Lunatic asylums in Bengal annual reports 1912-1924 - 1912-1924
Year: 1912
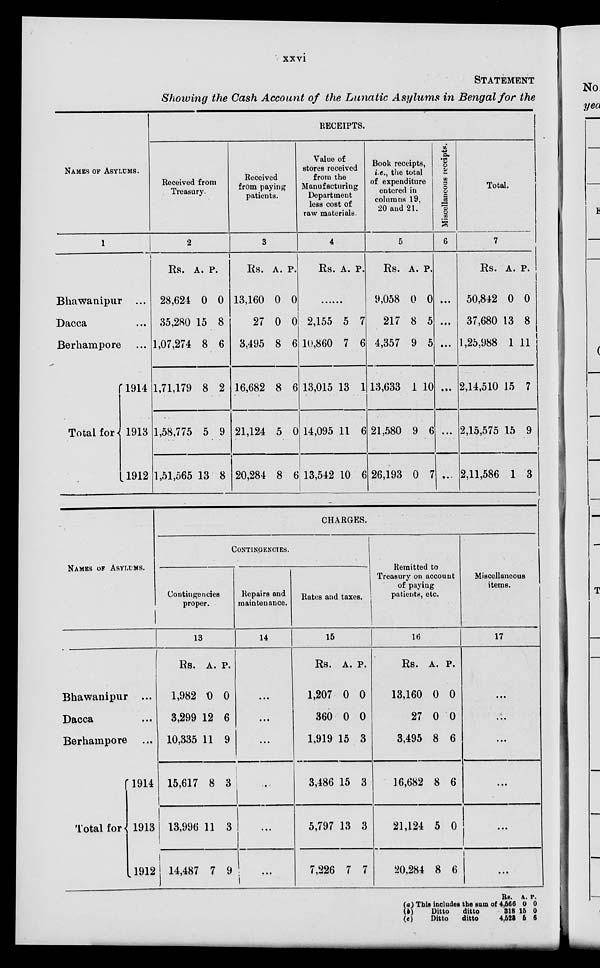
xxvi
STATEMENT
Showing the Cash Account of the Lunatic Asylums in Bengal for the
NAMES OF ASYLUMS.
1
Bhawanipur ...
Dacca ...
Berhampore ...
Total for
1914
1913
1912
RECEIPTS.
Received from
Treasury.
2
Rs.
28,624
35,280
1,07,274
1,71,179
1,58,775
1,51,565
A.
0
15
8
8
5
13
P.
0
8
6
2
9
8
Received
from paying
patients.
3
Rs.
13,160
27
3,495
16,682
21,124
20,284
A.
0
0
8
8
5
8
P.
0
0
6
6
0
6
Value of
stores received
from the
Manufacturing
Department
less cost of
raw materials
4
Rs. A. P.
......
2,155
10,860
13,015
14,095
13,542
5
7
13
11
10
7
6
1
6
6
Book receipts,
i.e., the total
of expenditure
entered in
columns 19,
20 and 21.
5
Rs.
9,058
217
4,357
13,633
21,580
26,193
A.
0
8
9
1
9
0
P.
0
5
5
10
6
7
Miscellaneous receipts.
6
...
...
...
...
...
...
Total.
7
Rs.
50,842
37,680
1,25,988
2,14,510
2,15,575
2,11,586
A.
0
13
1
15
15
1
P.
0
8
11
7
9
3
NAMES OF ASYLUMS.
Bhawanipur ...
Dacca ...
Berhampore ...
Total for
1914
1913
1912
CHARGES.
CONTINGENCIES.
Contingencies
proper.
13
Rs.
1,982
3,299
10,335
15,617
13,996
14,487
A.
0
12
11
8
11
7
P.
0
6
9
3
3
9
Repairs and
maintenance.
14
...
...
...
...
...
...
Rates and taxes.
15
Rs.
1,207
360
1,919
3,486
5,797
7,226
A.
0
0
15
15
13
7
P.
0
0
3
3
3
7
Remitted to
Treasury on account
of paying
patients, etc.
16
Rs.
13,160
27
3,495
16,682
21,124
20,284
A.
0
0
8
8
5
8
P.
0
0
6
6
0
6
Miscellaneous
items.
17
...
...
...
...
...
...
(a)
(b) (c)
This includes the sum of
Ditto
ditto
Ditto
ditto
Rs.
4,566
318
4,523
A.
0
15
6
P.
0
0
6